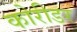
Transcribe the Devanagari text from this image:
कोरीडर